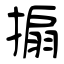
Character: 搧